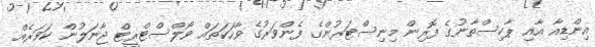
އިންޑިއާ އާއި ޕާކިސްތާނުގެ ފޮރިން މިނިސްޓަރުންގެ ފެންވަރުގެ ވާހަކަތައް ވޯލްސްޓްރީޓް ޖާނަލުން ކަވަރެއް